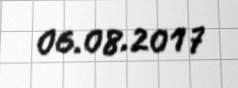
06.08.2017